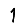
Digit: 1